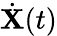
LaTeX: {\dot{\mathbf X}}(t)